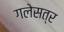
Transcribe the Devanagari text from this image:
गलेसत्र